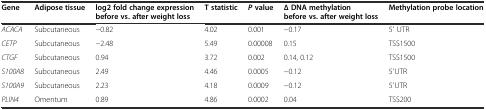
| Gene | Adipose tissue | log2 fold change expression before vs. after weight loss | T statistic | Pvalue | ∆ DNA methylation before vs. after weight loss | Methylation probe location |
 | --- | --- | --- | --- | --- | --- | --- |
 | ACACA | Subcutaneous | −0.82 | 4.02 | 0.001 | −0.17 | 5′ UTR |
 | CETP | Subcutaneous | −2.48 | 5.49 | 0.00008 | 0.15 | TSS1500 |
 | CTGF | Subcutaneous | 0.94 | 3.72 | 0.002 | 0.14, 0.12 | TSS1500 |
 | S100A8 | Subcutaneous | 2.49 | 4.46 | 0.0005 | −0.12 | 5′UTR |
 | S100A9 | Subcutaneous | 2.23 | 4.18 | 0.0009 | −0.12 | 5′UTR |
 | PLIN4 | Omentum | 0.89 | 4.86 | 0.0002 | 0.04 | TSS200 |